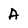
Character: A